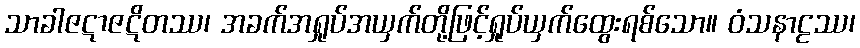
သာခါဇဋာဇဋိတဿ၊ အခက်အရှုပ်အယှက်တို့ဖြင့်ရှုပ်ယှက်ထွေးရစ်သော။ ဝံသနာဠဿ၊